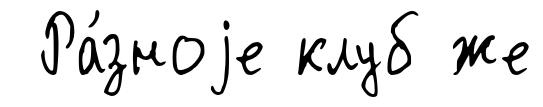
Ра́зноjе клуб же